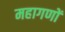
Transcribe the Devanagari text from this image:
महागणों